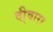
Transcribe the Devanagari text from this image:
दी्वारा